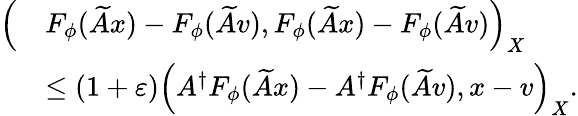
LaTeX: \begin{array}{rl}{\Bigl(}&{F_{\phi}(\widetilde{A}x)-F_{\phi}(\widetilde{A}v),F_{\phi}(\widetilde{A}x)-F_{\phi}(\widetilde{A}v)\Bigr)_{X}}\\ &{\leq(1+\varepsilon)\Bigl(A^{\dagger}F_{\phi}(\widetilde{A}x)-A^{\dagger}F_{\phi}(\widetilde{A}v),x-v\Bigr)_{X}.}\end{array}